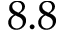
8 . 8